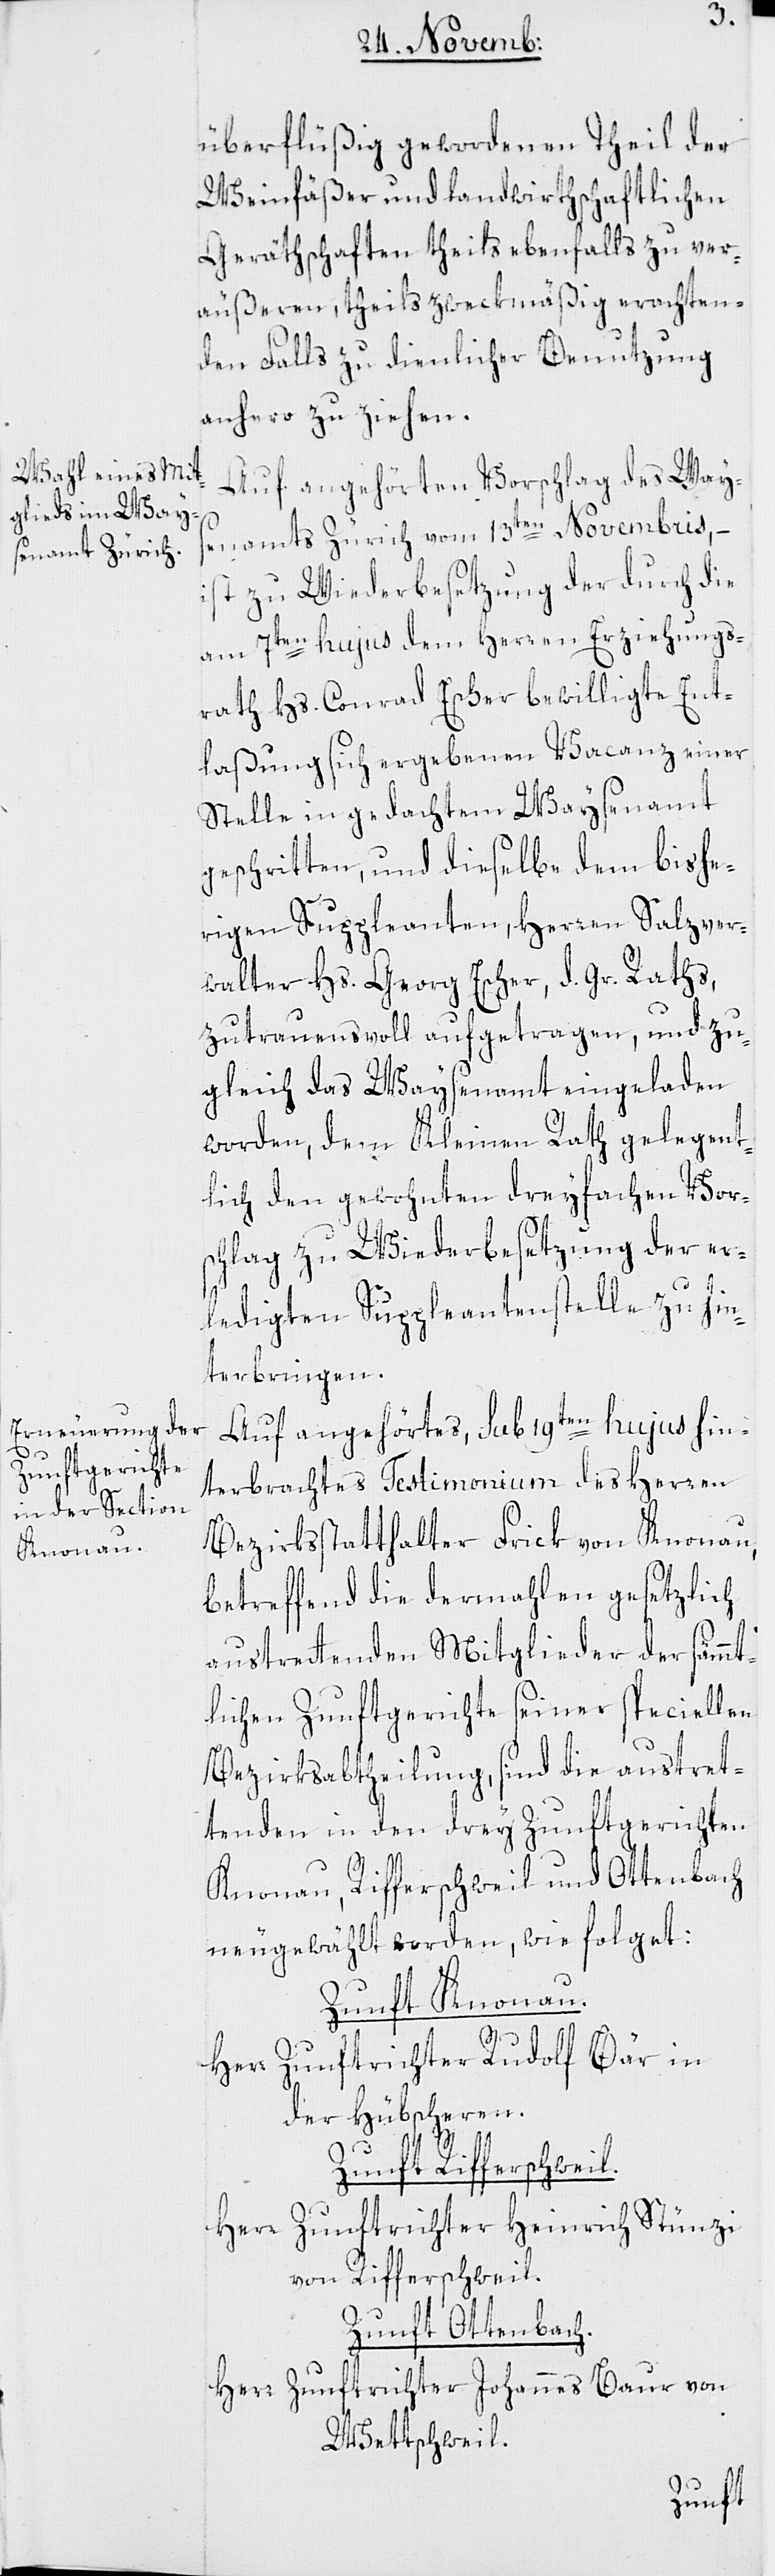
überflüßig gewordenen Theil der
Weinfäßer und landwirthschaftlichen
Geräthschaften theils ebenfalls zu ver¬
äußeren, theils zweckmäßig erachten¬
den Falls zu dienlicher Benutzung
anhero zu ziehen.
Auf angehörten Vorschlag des Ways¬
enamts Zürich vom 13ten Novembris,
ist zu Wiederbesetzung der durch die
am 7ten hujus dem Herren Erziehungs¬
rath Hs. Conrad Escher bewilligte Ent¬
laßung sich ergebenen Vacanz einer
Stelle in gedachtem Waysenamt
geschritten, und dieselbe dem bishe¬
rigen Suppleanten, Herren Salzver¬
walter Hs. Georg Escher, des Gr. Raths,
zutrauensvoll aufgetragen, und zu¬
gleich das Waysenamt eingeladen
worden, dem Kleinen Rath gelegent¬
lich den gewohnten dreyfachen Vors¬
chlag zu Wiederbesetzung der er¬
ledigten Suppleantenstelle zu hin¬
terbringen.
Auf angehörtes, sub 19ten hujus hin¬
terbrachtes Testimonium des Herren
Bezirksstatthalter Frick von Knonau,
betreffend die dermahlen gesetzlich
austretenden Mitglieder der sämmt¬
lichen Zunftgerichte seiner speciellen
Bezirksabtheilung, sind die austret¬
tenden in den drey Zunftgerichten
Knonau, Rifferschweil und Ottenbach
neugewählt worden, wie folget:
Zunft Knonau.
Herr Zunftrichter Rudolf Bär in
der Hübscheren.
Zunft Rifferswil.
Herr Zunftrichter Heinrich Stünzi
von Rifferschweil.
Zunft Ottenbach.
Herr Zunftrichter Johannes Baur von
Wettschweil.